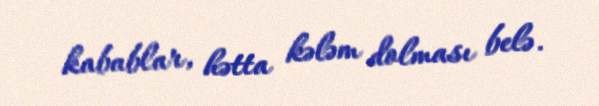
kabablar, hətta kələm dolması belə.